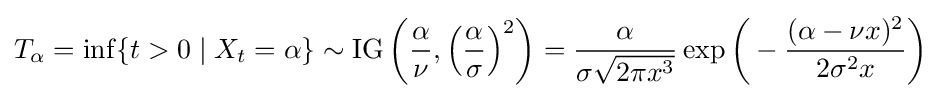
T_{\alpha }=\inf\{t>0\mid X_{t}=\alpha \}\sim \operatorname {IG} \left({\frac {\alpha }{\nu }},\left({\frac {\alpha }{\sigma }}\right)^{2}\right)={\frac {\alpha }{\sigma {\sqrt {2\pi x^{3}}}}}\exp {\biggl (}-{\frac {(\alpha -\nu x)^{2}}{2\sigma ^{2}x}}{\biggr )}